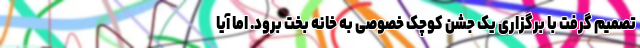
تصمیم گرفت با برگزاری یک جشن کوچک خصوصی به خانه بخت برود. اما آیا